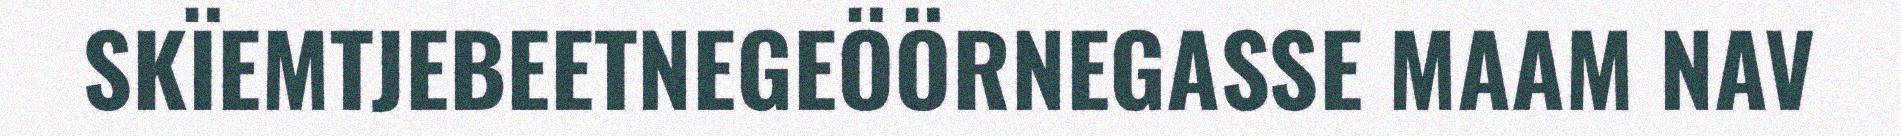
SKÏEMTJEBEETNEGEÖÖRNEGASSE MAAM NAV